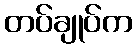
တပ်ချုပ်က